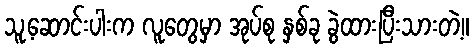
သူ့ဆောင်းပါးက လူတွေမှာ အုပ်စု နှစ်ခု ခွဲထားပြီးသားတဲ့။